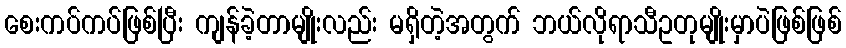
စေးကပ်ကပ်ဖြစ်ပြီး ကျန်ခဲ့တာမျိုးလည်း မရှိတဲ့အတွက် ဘယ်လိုရာသီဥတုမျိုးမှာပဲဖြစ်ဖြစ်